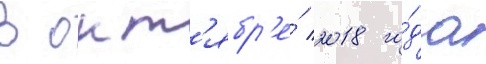
В окт'ябр'е́ 2018 го́да